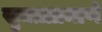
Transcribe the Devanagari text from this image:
सुक्ताप्रमाणे